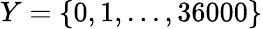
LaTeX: Y=\{ 0,1,...,36000\}